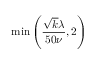
\operatorname* { m i n } { \left( \frac { \sqrt { k } \lambda } { 5 0 \nu } , 2 \right) }